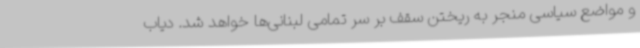
و مواضع سیاسی منجر به ریختن سقف بر سر تمامی لبنانی‌ها خواهد شد. دیاب